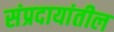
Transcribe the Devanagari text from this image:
संप्रदायांतील